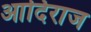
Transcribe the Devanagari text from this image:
आदिराज